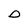
Character: D